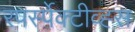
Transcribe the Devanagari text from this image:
रपर्स्पेक्टीव्ह्स